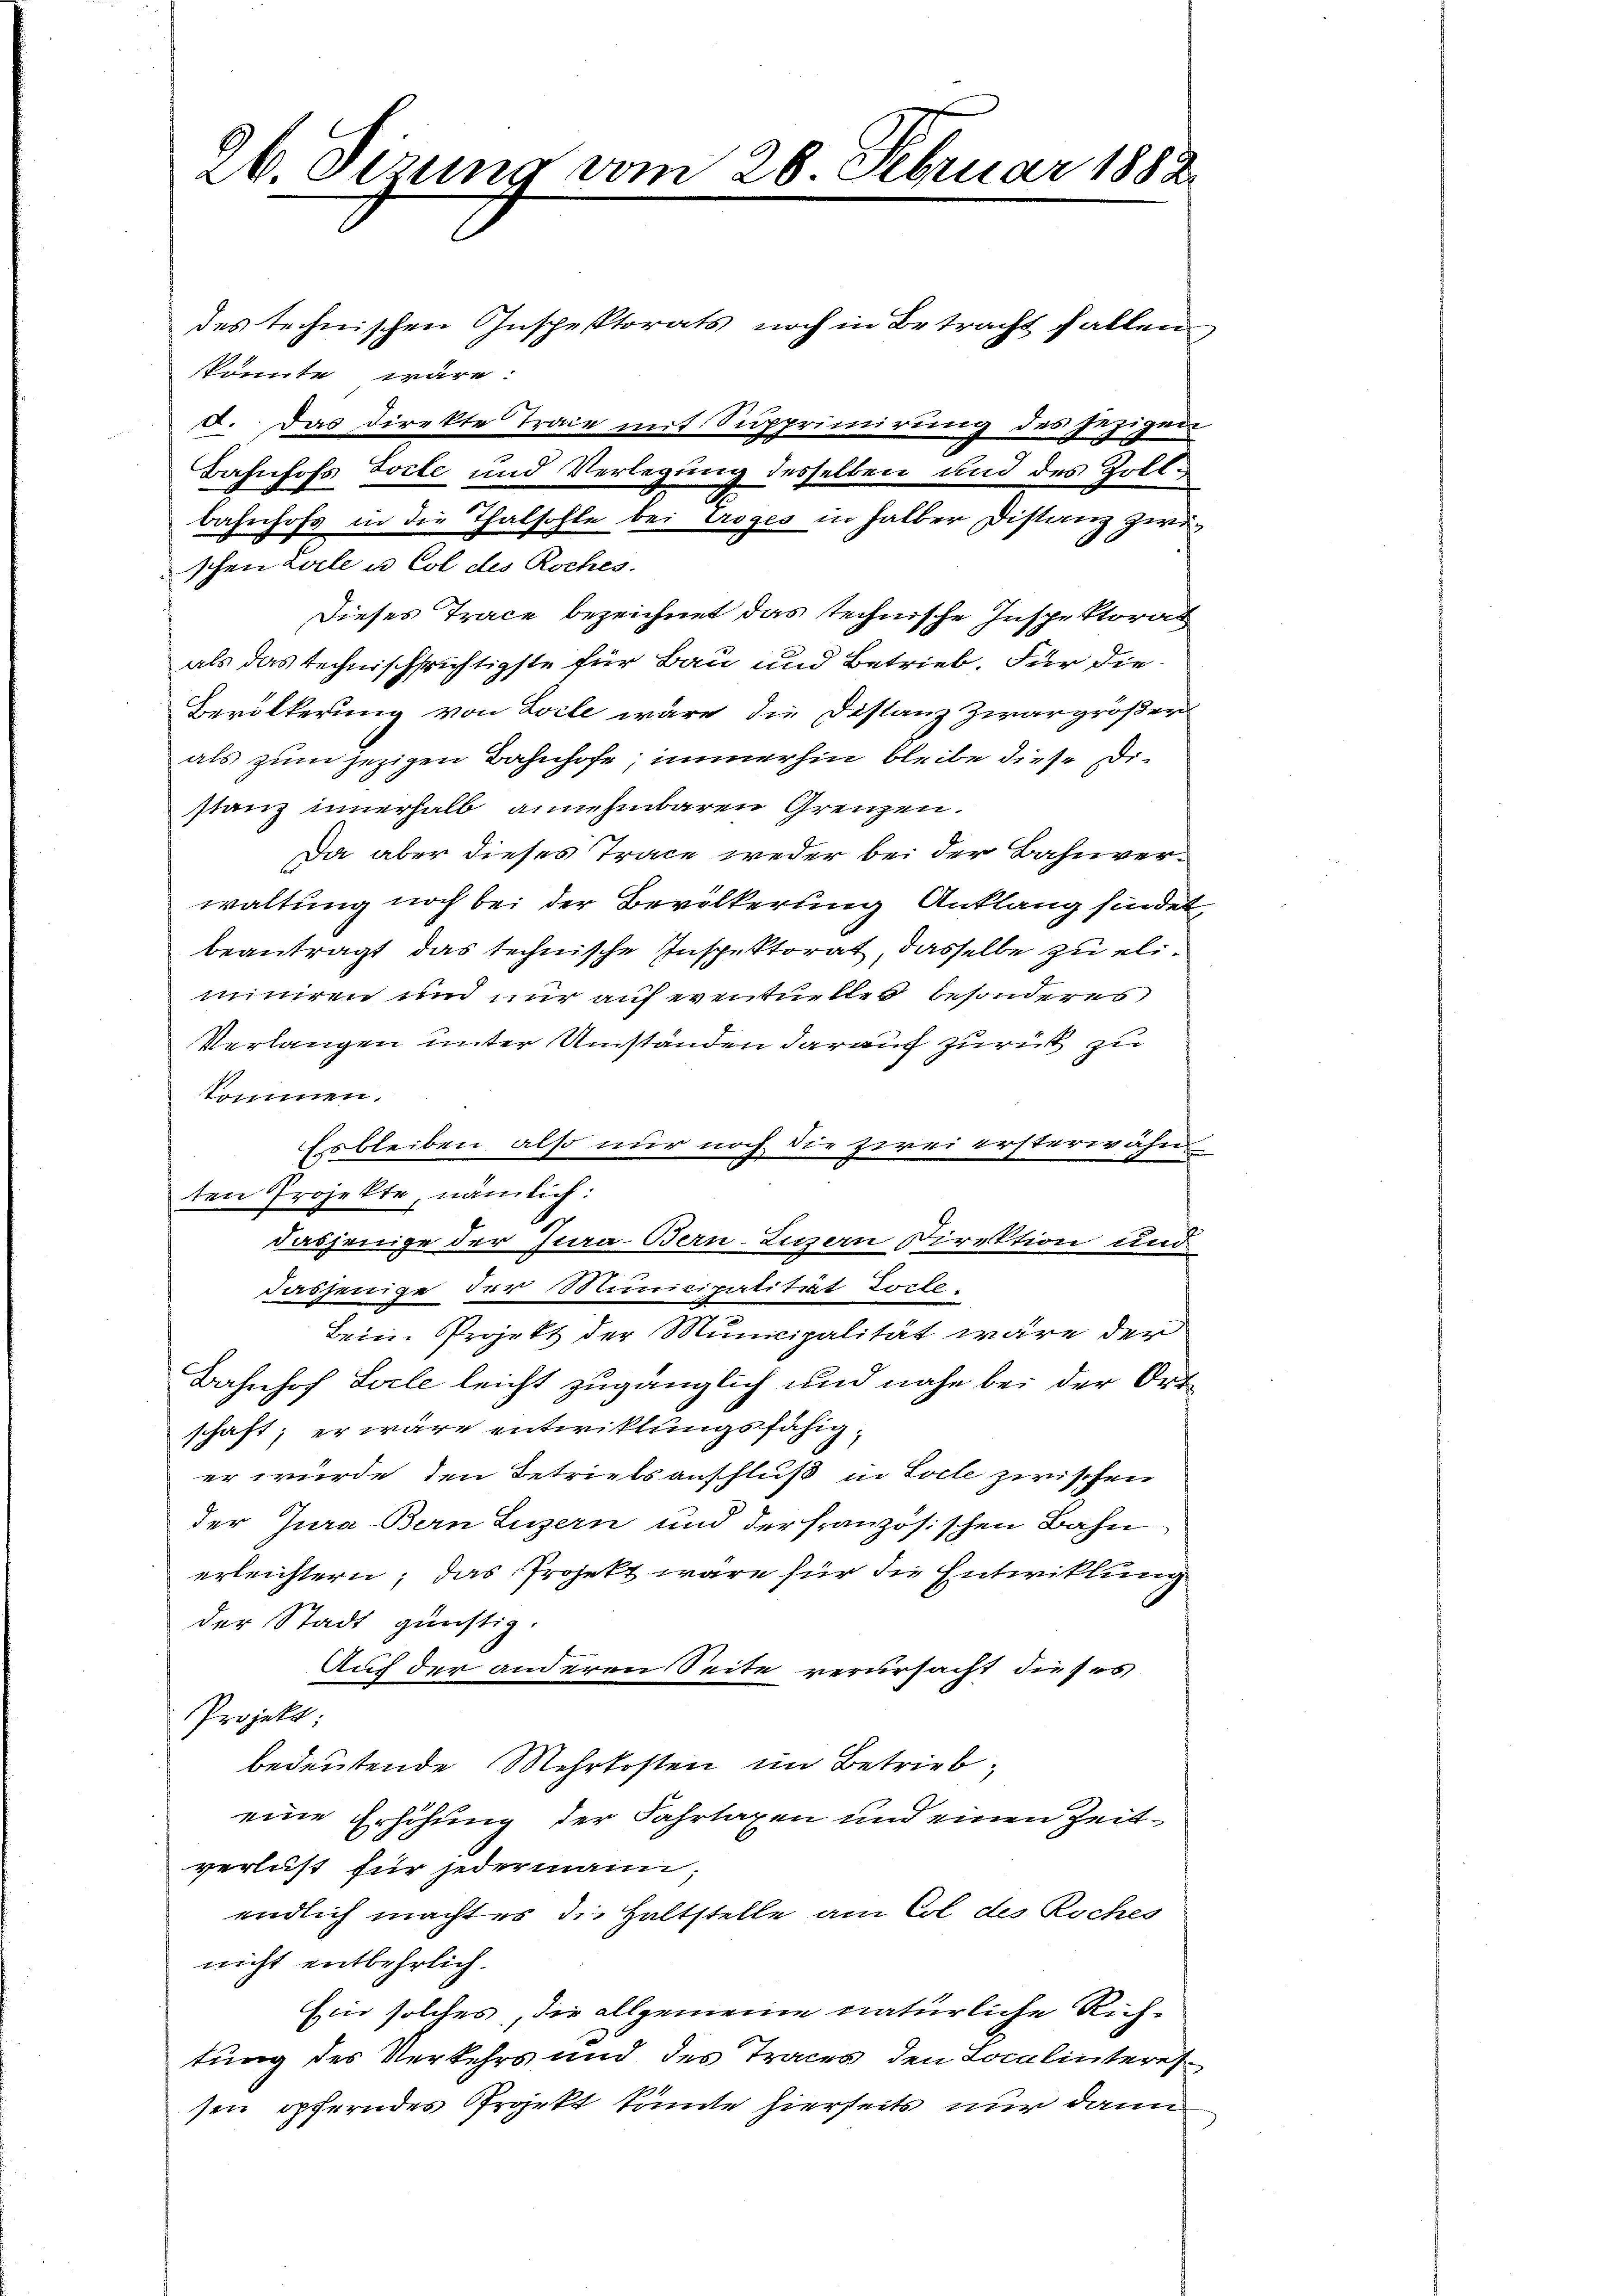
26. Sizung vom 28. Februar 1882
des technischen Inspektorats noch in Betracht fallen,
kkönnte wäre:
d. Das Direkte Trace mit Supprimirung des jezigen
Bahnhofs Jocte und Verlegung desselben und des Zoll¬

bahnhofs in die Thatsohle bei Troges in halber Distanz zwischen Zeile un Col des Roches.
Dieses Trace bezeichnet das technische Inspektorat
als das technischrichtigste für Bau und Betrieb. Für die
Bevölkerung von Zolle wäre die Distanz Zwar größer
als zum jezigen Bahnhofe, immerhin bleibe diese Distanz innerhalb annehmbaren Grenzen.
Da aber dieses Trace weder bei der Bahnverwaltung noch bei der Bevölkerung Anklang findet,
beantragt das technische Inspektorat, dasselbe zu eliminiren und nur auf eventueller besonderes
Verlangen unter Umständen darauf zurück zu
kommen.
Es bleiben, also nur noch die zwei ersterwähn
ten Projekte, nämlich:
dasjenige der Jura-Bern-Luzern Direktion und
dasjenige der Municipatitiat Torte¬
Beim Projekt der Municipalität wäre der
Bahnhof Seele leicht zugänglich und nahe bei der Ortschaft; er wäre entwicklungsfähiger wurde den Betriebsanschluß in Solle zwischen
der Jura Bern Luzern und der französischen Bahn
erleichtern; das Projekt wäre für die Entwicklung
der Stadt günstig.
Auf der anderen Seite verursacht dieses
Projekt;
bedeutende Mehrkosten im Betrieb,
eine Erhöhung der Fahrtaxen und einen Zeit
verlust für jedermann,
endlich machtes die Haltstelle am Col des Roches
nicht entbehrlich.
Ein solches, die allgemeine natürliche Richtung des Verkehrs und des Traces, den Localinteres
sen opferndes Projekt könnte hierseits nur dann